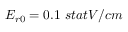
E _ { r 0 } = 0 . 1 ~ { s t a t V / c m }